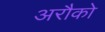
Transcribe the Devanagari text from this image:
अरौको